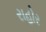
રાહોર